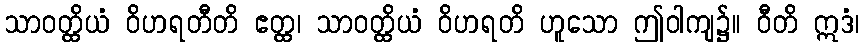
သာဝတ္ထိယံ ဝိဟရတီတိ ဧတ္ထ၊ သာဝတ္ထိယံ ဝိဟရတိ ဟူသော ဤဝါကျ၌။ ဝီတိ ဣဒံ၊